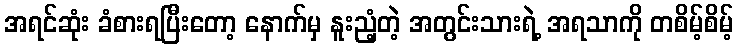
အရင်ဆုံး ခံစားရပြီးတော့ နောက်မှ နူးညံ့တဲ့ အတွင်းသားရဲ့ အရသာကို တစိမ့်စိမ့်